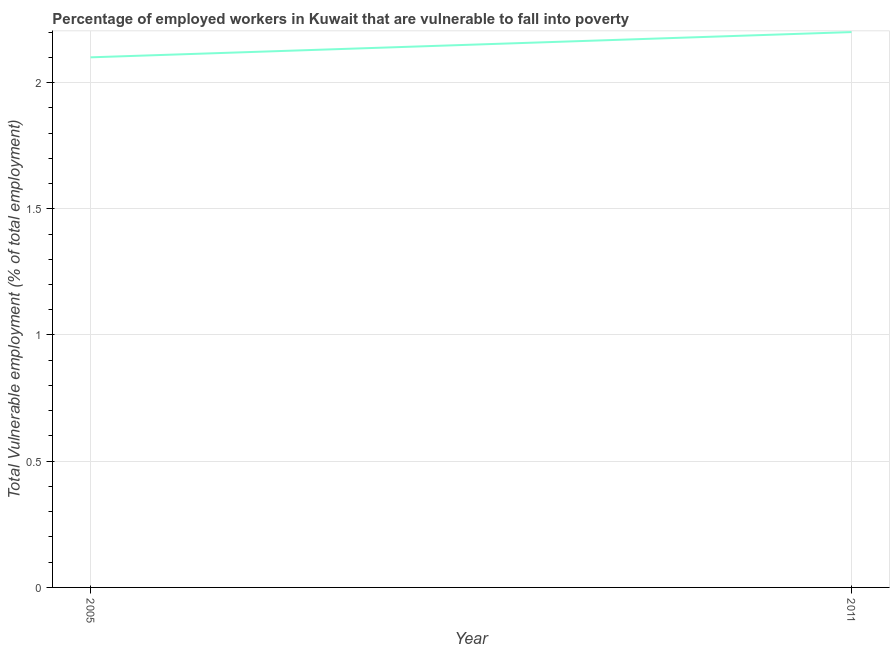
| Year | Vulnerable employment |
 | --- | --- |
 | 2005 | 2.1 |
 | 2011 | 2.2 |